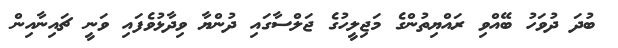
ބުދަ ދުވަހު ބޭއްވި ރައްޔިތުންގެ މަޖިލީހުގެ ޖަލްސާގައި ދުންޔާ ވިދާޅުވެފައި ވަނީ ޗައިނާއިން